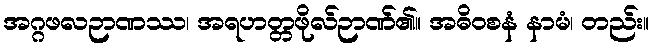
အဂ္ဂဖလဉာဏဿ၊ အရဟတ္တဖိုလ်ဉာဏ်၏။ အဓိဝစနံ နာမံ၊ တည်း။